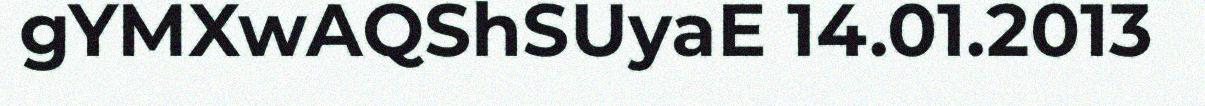
gYMXwAQShSUyaE 14.01.2013